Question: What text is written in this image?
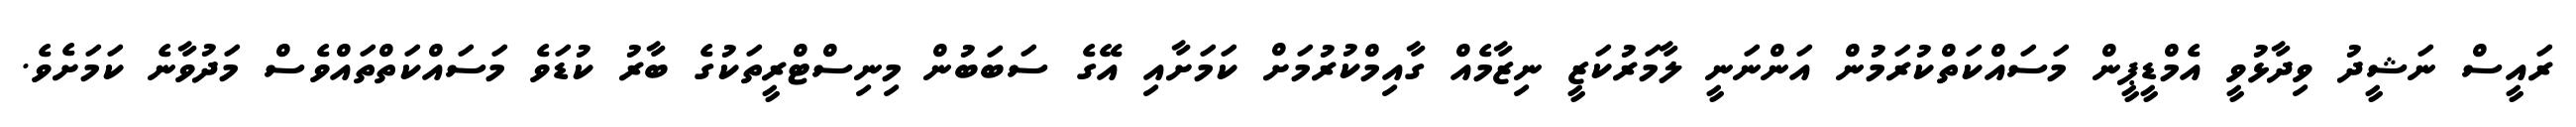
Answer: ރައީސް ނަޝީދު ވިދާޅުވީ އެމްޑީޕީން މަސައްކަތްކުރަމުން އަންނަނީ ލާމަރުކަޒީ ނިޒާމެއް ގާއިމްކުރުމަށް ކަމަށާއި އޭގެ ސަބަބުން މިނިސްޓްރީތަކުގެ ބާރު ކުޑަވެ މަސައްކަތްތައްވެސް މަދުވާނެ ކަމަށެވެ.